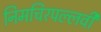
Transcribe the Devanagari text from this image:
निमचिरपल्लवी